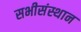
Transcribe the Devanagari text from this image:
सभीसंस्थान